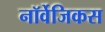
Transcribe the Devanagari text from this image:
नॉर्वेजिकस